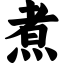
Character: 煮